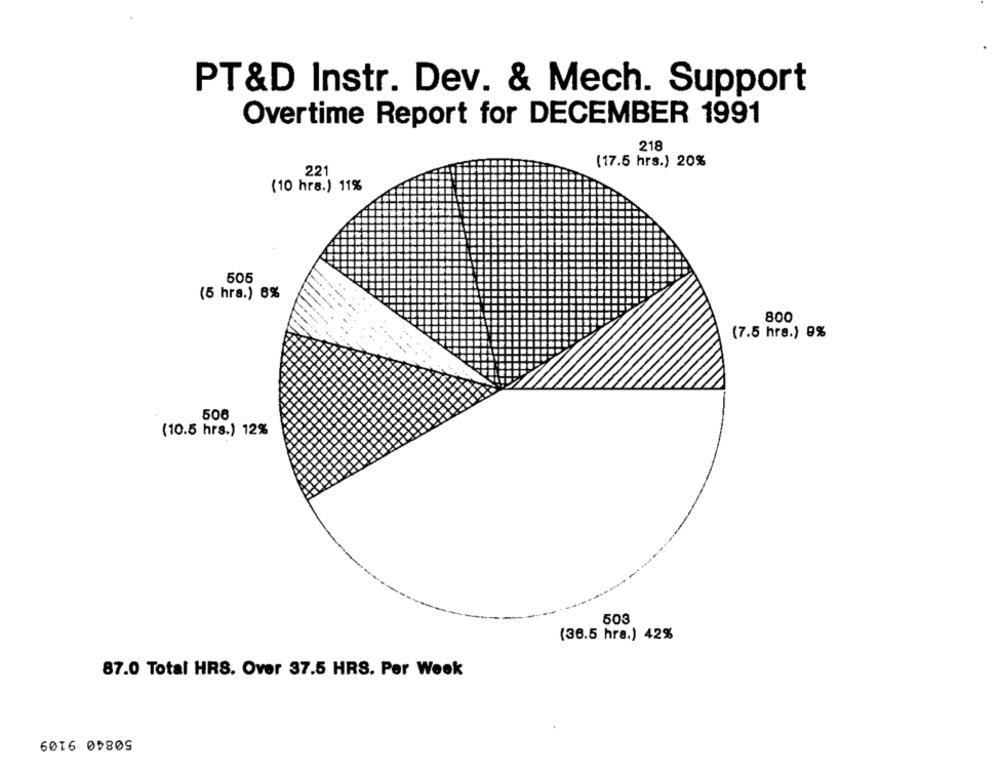
PT&D Instr. Dev. & Mech. Support
Overtime Report for DECEMBER 1991
218
(17.5 hrs.) 20%
221
(10 hrs.) 11%
505
(5 hrs.) 6%
800
(7.5 hrs.) 9%
506
(10.5 hrs.) 12%
503
(36.5 hrs.) 42%
87.0 Total HRS. Over 37.5 HRS. Per Week
50840 9109